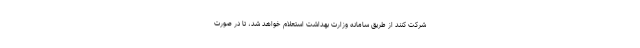
شرکت کنند از طریق سامانه وزارت بهداشت استعلام خواهد شد، تا در صورت